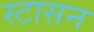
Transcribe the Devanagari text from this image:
स्टासन